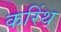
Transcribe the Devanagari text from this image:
करिंथ